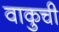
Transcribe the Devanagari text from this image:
वाकुची